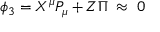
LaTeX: { } \phi _ { 3 } = X ^ { \mu } P _ { \mu } + Z \Pi \; \approx \; 0